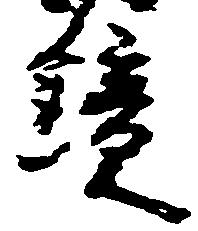
鏡